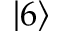
\left\lvert 6 \right\rangle